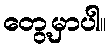
တွေ့မှာပါ။